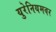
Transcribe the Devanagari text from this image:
युरेनियमवर